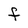
Character: F